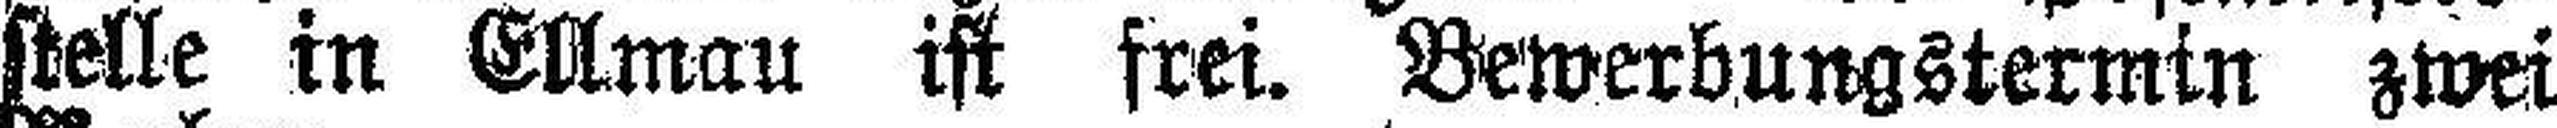
stelle in Ellmau ist frei. Bewerbungstermin zwei